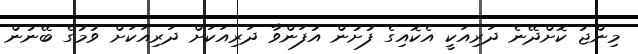
މިންޖު ކޮށްދޭނެ ދަރިއަކީ އެކޮއިގެ ފުށުން އުފަންވާ ދަރިއަކަށް ދަރިއަކަށް ވުމުގެ ބޭނުން